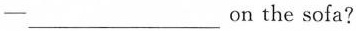
—___on the sofa?